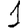
Digit: 1